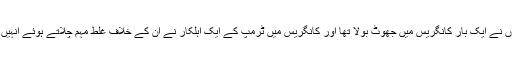
کوہن نے اس بات کو تسلیم کیا کہ اُنہوں نے ایک بار کانگریس میں جھوٹ بولا تھا اور کانگریس میں ٹرمپ کے ایک اہلکار نے اُن کے خلاف غلط مہم چلاتے ہوئے اُنہیں بے عزت کرنے کی کوشش کی تھی۔